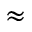
\approx